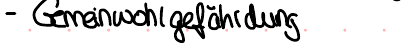
- Gemeinwohlgefährdung